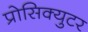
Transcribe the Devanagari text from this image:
प्रोसिक्युटर